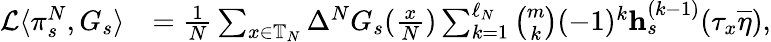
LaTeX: \begin{array}{rl}{\mathcal{L}\langle\pi_{s}^{N},G_{s}\rangle}&{=\frac{1}{N}\sum_{x\in\mathbb{T}_{N}}\Delta^{N}G_{s}(\frac{x}{N})\sum_{k=1}^{\ell_{N}}\binom{m}{k}(-1)^{k}\mathbf{h}_{s}^{(k-1)}(\tau_{x}\overline{{\eta}}),}\end{array}